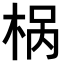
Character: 𣒌